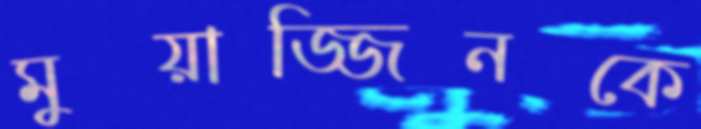
মুয়াজ্জিনকে